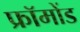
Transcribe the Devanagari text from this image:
फ्रॉमोंड